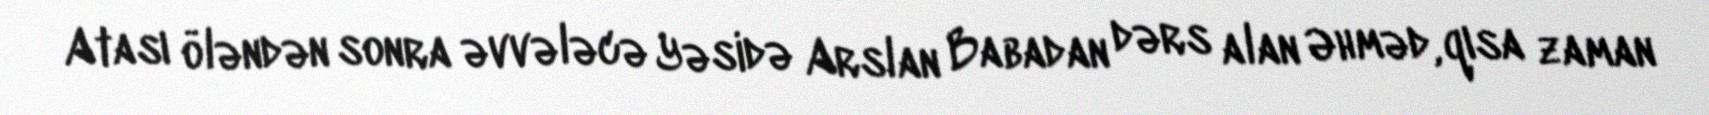
Atası öləndən sonra əvvələcə Yəsidə Arslan Babadan dərs alan Əhməd, qısa zaman